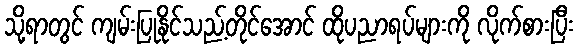
သို့ရာတွင် ကျမ်းပြုနိုင်သည့်တိုင်အောင် ထိုပညာရပ်များကို လိုက်စားပြီး